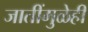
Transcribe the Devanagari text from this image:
जातींमुळेही